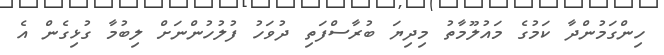
ހިންގަމުންދާ ކަމުގެ މައުލޫމާތު މިދިޔަ ބުރާސްފަތި ދުވަހު ފުލުހުންނަށް ލިބުމާ ގުޅިގެން އެ